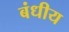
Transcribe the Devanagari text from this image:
बंधीय